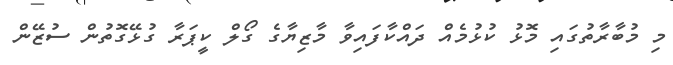
މި މުބާރާތުގައި މޮޅު ކުޅުމެއް ދައްކާފައިވާ މާޒިޔާގެ ގޯލް ކީޕަރާ ގުޅޭގޮތުން ސުޒޭން